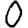
Digit: 0